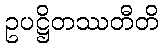
ဥပဋ္ဌိတဿတီတိ